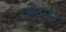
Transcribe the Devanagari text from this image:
जौन्सन